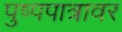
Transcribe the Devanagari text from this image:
पुष्पपात्रावर